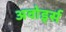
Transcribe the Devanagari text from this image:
अवोर्ड्स